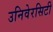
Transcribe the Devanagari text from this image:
उनिवेरसिटी